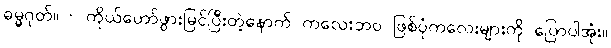
ဓမ္မဂုတ်။ ။ ကိုယ်တော်ဖွားမြင်ပြီးတဲ့နောက် ကလေးဘဝ ဖြစ်ပုံကလေးများကို ပြောပါအုံး။